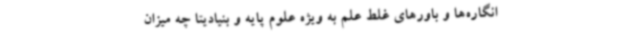
انگاره‌ها و باورهای غلط علم به ویژه علوم پایه و بنیادیتا چه میزان